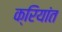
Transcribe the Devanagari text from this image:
क्रियांत